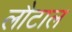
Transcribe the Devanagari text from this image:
लौटाल